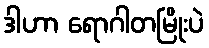
ဒါဟာ ရောဂါတမြိုးပဲ